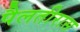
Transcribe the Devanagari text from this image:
पैलतीरास